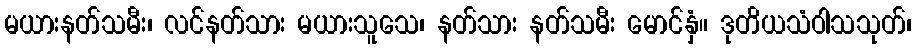
မယားနတ်သမီး၊ လင်နတ်သား မယားသူသေ၊ နတ်သား နတ်သမီး မောင်နှံ။ ဒုတိယသံဝါသသုတ်၊